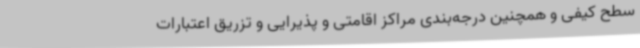
سطح کیفی و همچنین درجه‌بندی مراکز اقامتی و پذیرایی و تزریق اعتبارات